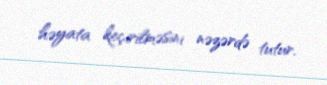
həyata keçirilməsini nəzərdə tutur.